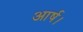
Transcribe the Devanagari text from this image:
आर्ष।